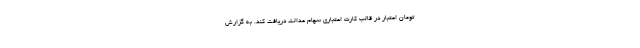
تومان اعتبار در قالب کارت اعتباری سهام عدالت دریافت کند. به گزارش